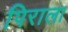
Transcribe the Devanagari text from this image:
पिराला